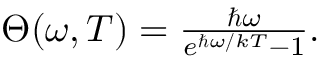
\begin{array} { r } { \Theta ( \omega , T ) = \frac { \hbar \omega } { e ^ { \hbar \omega / k T } - 1 } . } \end{array}